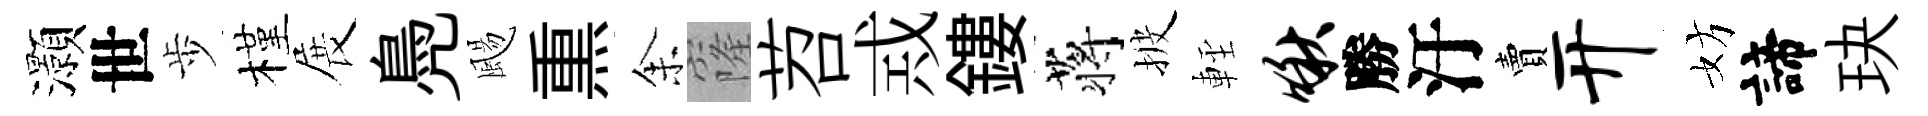
灝世歩槿展鳧颺𤋱𪜬窿苕𢦶鏤蒋披䡖啾勝汙賣开妨諦玦